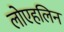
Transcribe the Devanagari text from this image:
लोएहलिन